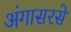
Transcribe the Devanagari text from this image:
अंगासरसे